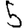
Digit: 5